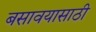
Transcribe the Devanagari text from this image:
बसावयासाठी